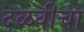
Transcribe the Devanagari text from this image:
दळवीचा